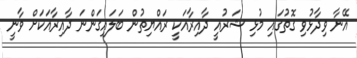
އޭނާ ވިދާޅުވި ގޮތުގައި މުޅި ޝަރުއީ ދާއިރާއަކީ ރައްޔިތުން ބަލައިގަންނަ ދާއިރާއަކަށް ވާނީ